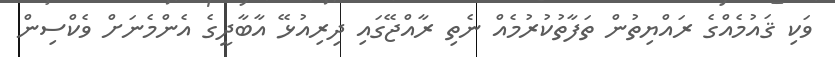
ވަކި ޤައުމެއްގެ ރައްޔިތުން ތަފާތުކުރުމެއް ނެތި ރާއްޖޭގައި ދިރިއުޅޭ އާބާދީގެ އެންމެނަށް ވެކްސިން